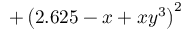
+ \left( 2 . 6 2 5 - x + x y ^ { 3 } \right) ^ { 2 }